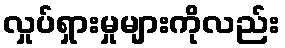
လှုပ်ရှားမှုများကိုလည်း